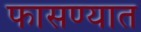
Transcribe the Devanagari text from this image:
फासण्यात